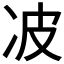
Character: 𰃺